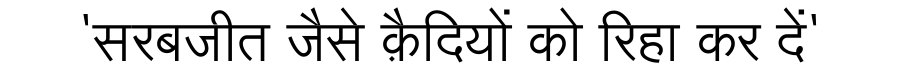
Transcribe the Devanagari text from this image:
'सरबजीत जैसे क़ैदियों को रिहा कर दें'